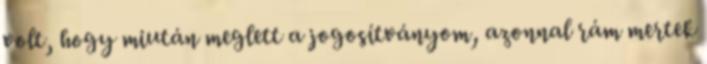
volt, hogy miután meglett a jogosítványom, azonnal rám mertek